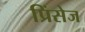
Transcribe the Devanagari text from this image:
प्रिंसेज